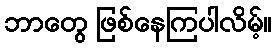
ဘာတွေ ဖြစ်နေကြပါလိမ့်။